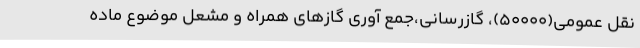
نقل عمومی(50000)، گازرسانی،‌جمع آوری گازهای همراه و مشعل موضوع ماده